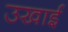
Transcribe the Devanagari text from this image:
उखाई